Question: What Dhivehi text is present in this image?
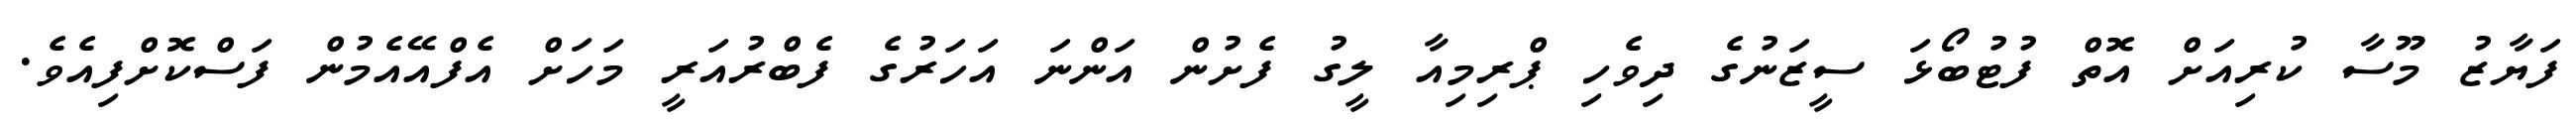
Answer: ފަޔާޒު މޫސާ ކުރިއަށް އޮތް ފުޓުބޯޅަ ސީޒަނުގެ ދިވެހި ޕްރިމިއާ ލީގު ފެށުން އަންނަ އަހަރުގެ ފެބްރުއަރީ މަހަށް އެފްއޭއެމުން ފަސްކޮށްފިއެވެ.